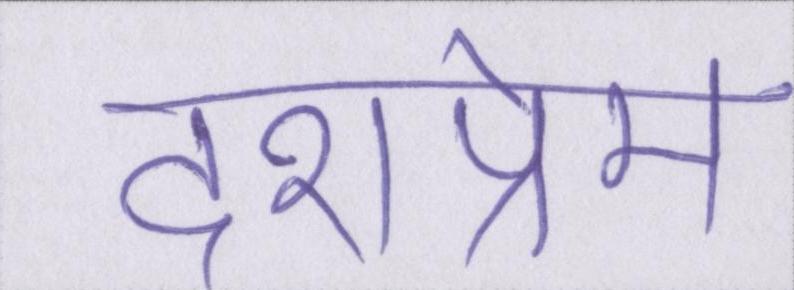
देशप्रेम